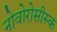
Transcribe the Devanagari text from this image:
नोवोरोसीस्क